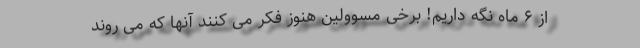
از ۶ ماه نگه داریم! برخی مسوولین هنوز فکر می کنند آنها که می روند